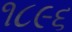
૧૮૯૬